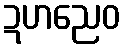
ဍဟညေဝ